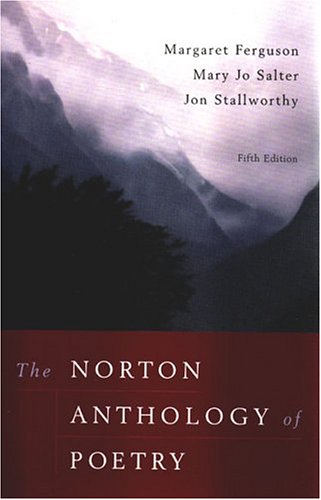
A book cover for The Norton Anthology of Poetry; Literature & Fiction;